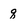
Character: q